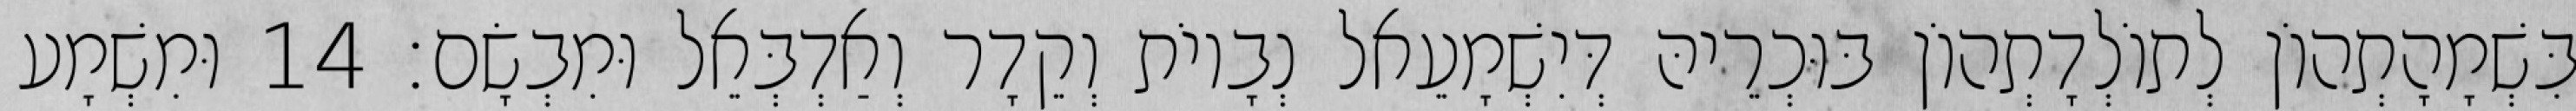
בִּשְׁמָהָתְהוֹן לְתוֹלְדָתְהוֹן בּוּכְרֵיהּ דְּיִשְׁמָעֵאל נְבָיוֹת וְקֵדָר וְאַדְבְּאֵל וּמִבְשָׂם׃ 14 וּמִשְׁמָע